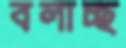
বলাচ্ছ